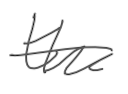
Text: the
Cross-out: single-line
Writing tool: digital_gray